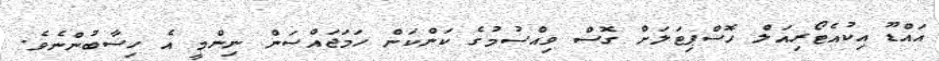
އައްޑޫ އިކުއެޓޯރިއަލް ހޮސްޕިޓަލަށް ގޮސް ވިއްސުމުގެ ކަންކަން ހަމަޖައްސަން ނިންމީ އެ ހިސާބުންނެވެ.